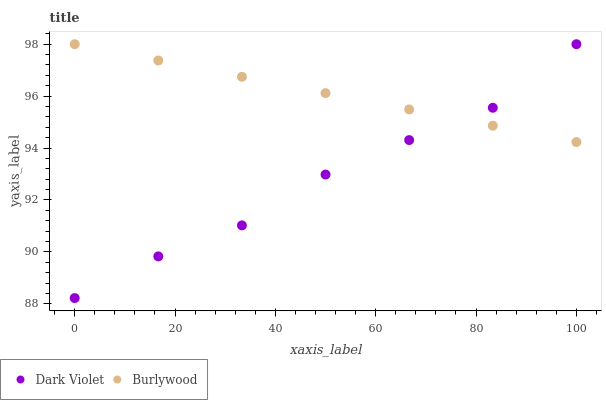
| xaxis_label | Dark Violet | Burlywood |
 | --- | --- | --- |
 | 0 | 88.2 | 98 |
 | 16.7 | 89.8 | 97.4 |
 | 33.3 | 91 | 96.7 |
 | 50 | 93 | 96.1 |
 | 66.7 | 94.3 | 95.5 |
 | 83.3 | 95.6 | 94.9 |
 | 100 | 98 | 94.2 |